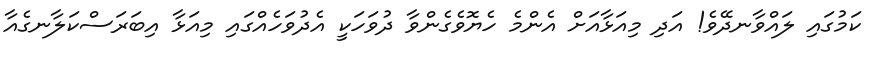
ކަމުގައި ލައްވާނދޭވެ! އަދި މިއަޅާއަށް އެންމެ ހެޔޮވެގެންވާ ދުވަހަކީ އެދުވަހެއްގައި މިއަޅާ އިބަރަސްކަލާނގެއާ